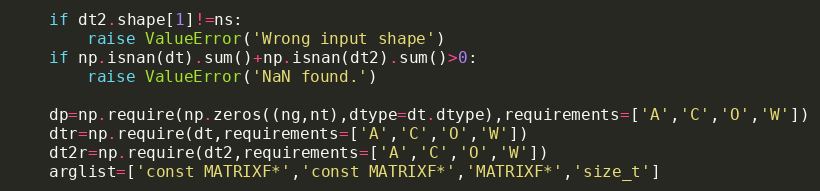
Language: Python
	if dt2.shape[1]!=ns:
		raise ValueError('Wrong input shape')
	if np.isnan(dt).sum()+np.isnan(dt2).sum()>0:
		raise ValueError('NaN found.')

	dp=np.require(np.zeros((ng,nt),dtype=dt.dtype),requirements=['A','C','O','W'])
	dtr=np.require(dt,requirements=['A','C','O','W'])
	dt2r=np.require(dt2,requirements=['A','C','O','W'])
	arglist=['const MATRIXF*','const MATRIXF*','MATRIXF*','size_t']